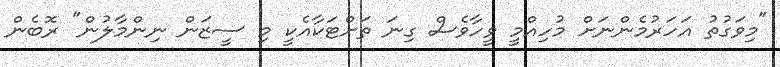
"މިވަގުތު އަހަރުމެންނަށް މުހިއްމީ ވީހާވެސް ގިނަ ތަށްޓަކާއެކީ މި ސީޒަން ނިންމާލުން" ރޮބެން